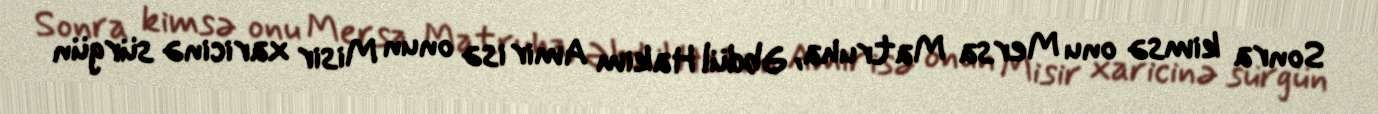
Sonra kimsə onu Mersa Matruha, Əbdül Hakim Amir isə onun Misir xaricinə sürgün